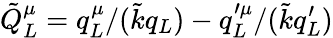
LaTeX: \tilde{Q}_{L}^{\mu}=q_{L}^{\mu}/(\tilde{k}q_{L})-q_{L}^{\prime\mu}/(\tilde{k}q_{L}^{\prime})